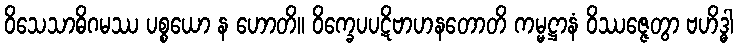
ဝိသေသာဓိဂမဿ ပစ္စယော န ဟောတိ။ ဝိက္ခေပပဋိဗာဟနတောတိ ကမ္မဋ္ဌာနံ ဝိဿဇ္ဇေတွာ ဗဟိဒ္ဓါ